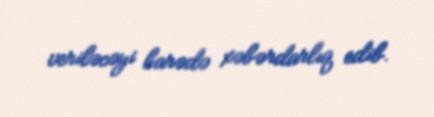
veriləcəyi barədə xəbərdarlıq edib.